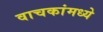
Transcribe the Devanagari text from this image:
वाचकांमध्ये